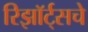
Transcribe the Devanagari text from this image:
रिझॉर्ट्‌सचे